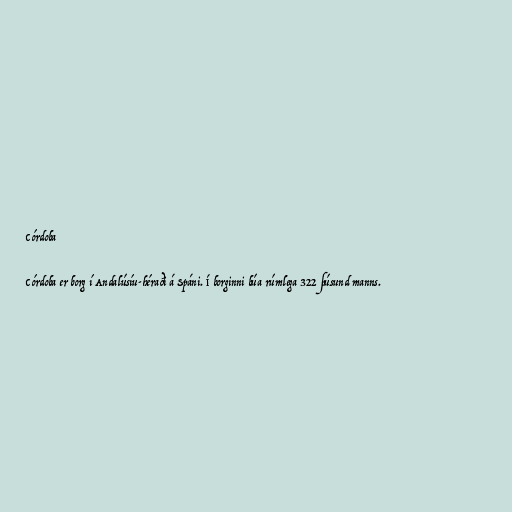
Córdoba

Córdoba er borg í Andalúsíu-héraði á Spáni. Í borginni búa rúmlega 322 þúsund manns.